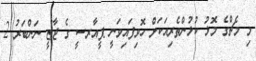
މި މެޗްގެ މޮޅު ކުޅުންތެރިއަކަށް ހޮވިފައިވަނީ ޕީއާރސީ ގެ ޖާޒީ ނަންބަރު 2